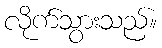
လိုက်သွားသည်။